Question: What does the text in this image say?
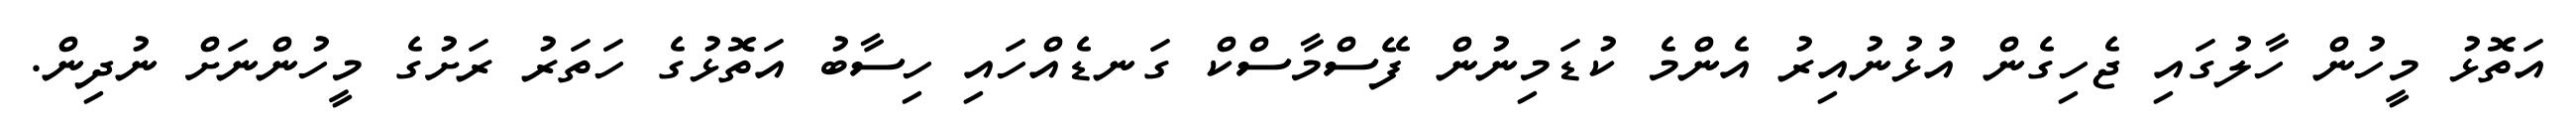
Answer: އަތޮޅު މީހުން ހާލުގައި ޖެހިގެން އުޅުނުއިރު އެންމެ ކުޑަމިނުން ފޭސްމާސްކް ގަނޑެއްހައި ހިސާބު އަތޮޅުގެ ހަތަރު ރަށުގެ މީހުންނަށް ނުދިން.